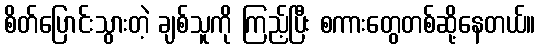
စိတ်ပြောင်းသွားတဲ့ ချစ်သူကို ကြည့်ပြီး စကားတွေတစ်ဆို့နေတယ်။